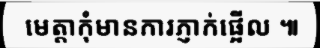
មេត្តាកុំមានការភ្ញាក់ផ្អើល ៕